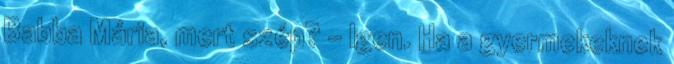
Babba Mária, mert szép? - Igen. Ha a gyermekeknek